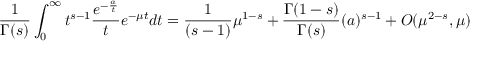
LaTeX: { \frac { 1 } { \Gamma ( s ) } } \int _ { 0 } ^ { \infty } t ^ { s - 1 } { \frac { e ^ { - { \frac { a } { t } } } } { t } } e ^ { - \mu t } d t = { \frac { 1 } { ( s - 1 ) } } \mu ^ { 1 - s } + { \frac { \Gamma ( 1 - s ) } { \Gamma ( s ) } } ( { a } ) ^ { s - 1 } + { \cal O } ( \mu ^ { 2 - s } , \mu )